Protection of India from yellow fever
Disease focus: Fever
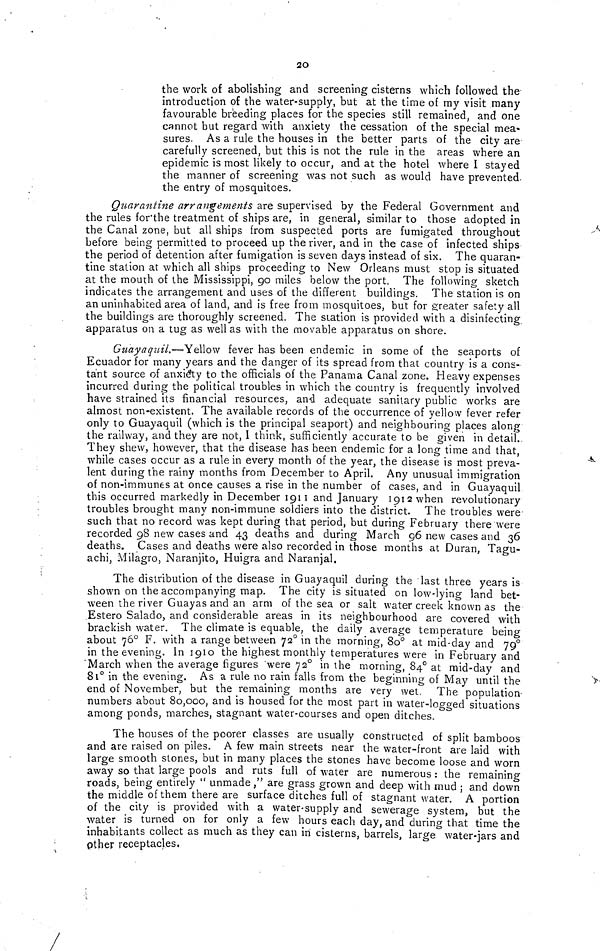
20
the work of abolishing and screening cisterns which followed the
introduction of the water-supply, but at the time of my visit many
favourable breeding places for the species still remained, and one
cannot but regard with anxiety the cessation of the special mea-
sures. As a rule the houses in the better parts of the city are-
carefully screened, but this is not the rule in the areas where an
epidemic is most likely to occur, and at the hotel where I stayed
the manner of screening was not such as would have prevented,
the entry of mosquitoes.
Quarantine arrangements are supervised by the Federal Government and
the rules forthe treatment of ships are, in general, similar to those adopted in
the Canal zone, but all ships from suspected ports are fumigated throughout
before being permitted to proceed up the river, and in the case of infected ships
the period of detention after fumigation is seven days instead of six. The quaran-
tine station at which all ships proceeding to New Orleans must stop is situated
at the mouth of the Mississippi, 90 miles below the port. The following sketch
indicates the arrangement and uses of the different buildings. The station is on
an uninhabited area of land, and is free from mosquitoes, but for greater safety all
the buildings are thoroughly screened. The station is provided with a disinfecting
apparatus on a tug as well as with the movable apparatus on shore.
Guayaquil.—Yellow fever has been endemic in some of the seaports of
Ecuador for many years and the danger of its spread from that country is a cons-
tant source of anxiety to the officials of the Panama Canal zone. Heavy expenses
incurred during the political troubles in which the country is frequently involved
have strained its financial resources, and adequate sanitary public works are
almost non-existent. The available records of the occurrence of yellow fever refer
only to Guayaquil (which is the principal seaport) and neighbouring places along
the railway, and they are not, 1 think, sufficiently accurate to be given in detail..
They shew, however, that the disease has been endemic for a long time and that,
while cases occur as a rule in every month of the year, the disease is most preva-
lent during the rainy months from December to April. Any unusual immigration
of non-immunes at once causes a rise in the number of cases, and in Guayaquil
this occurred markedly in December 1911 and January 1912 when revolutionary
troubles brought many non-immune soldiers into the district. The troubles were
such that no record was kept during that period, but during February there were
recorded 98 new cases and 43 deaths and during March 96 new cases and 36
deaths. Cases and deaths were also recorded in those months at Duran, Tagu-
achi, Milagro, Naranjito, Huigra and Naranjal.
The distribution of the disease in Guayaquil during the last three years is
shown on the accompanying map. The city is situated on low-lying land bet-
ween the river Guayas and an arm of the sea or salt water creek known as the
Estero Salado, and considerable areas in its neighbourhood are covered with
brackish water. The climate is equable, the daily average temperature being
about 76° F. with a range between 72° in the morning, 80° at mid-day and 79°i
n the evening. In 1910 the highest monthly temperatures were in February and
"March when the average figures 'were 72° in the morning, 84° at mid-day and
81° in the evening. As a rule no rain falls from the beginning of May until the
end of November, but the remaining months are very wet. The population-
numbers about 80,000, and is housed for the most part in water-logged situations
among ponds, marches, stagnant water-courses and open ditches.
The houses of the poorer classes are usually constructed of split bamboos
and are raised on piles. A few main streets near the water-front are laid with
large smooth stones, but in many places the stones have become loose and worn
away so that large pools and ruts full of water are numerous : the remaining
roads, being entirely " unmade," are grass grown and deep with mud ; and down
the middle of them there are surface ditches full of stagnant water. A portion
of the city is provided with a water-supply and sewerage system, but the
water is turned on for only a few hours each day, and during that time the
inhabitants collect as much as they can in cisterns, barrels, large water-jars and
Other receptacles,